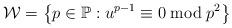
LaTeX: \begin{align*}\mathcal{W}=\left\{ p\in \mathbb{P}:u^{p-1} \equiv 0 \bmod p^2 \right\}\end{align*}